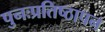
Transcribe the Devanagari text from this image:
पुनःप्रतिष्ठापन